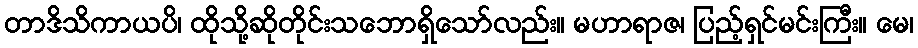
တာဒိသိကာယပိ၊ ထိုသို့ဆိုတိုင်းသဘောရှိသော်လည်း။ မဟာရာဇ၊ ပြည့်ရှင်မင်းကြီး။ မေ၊